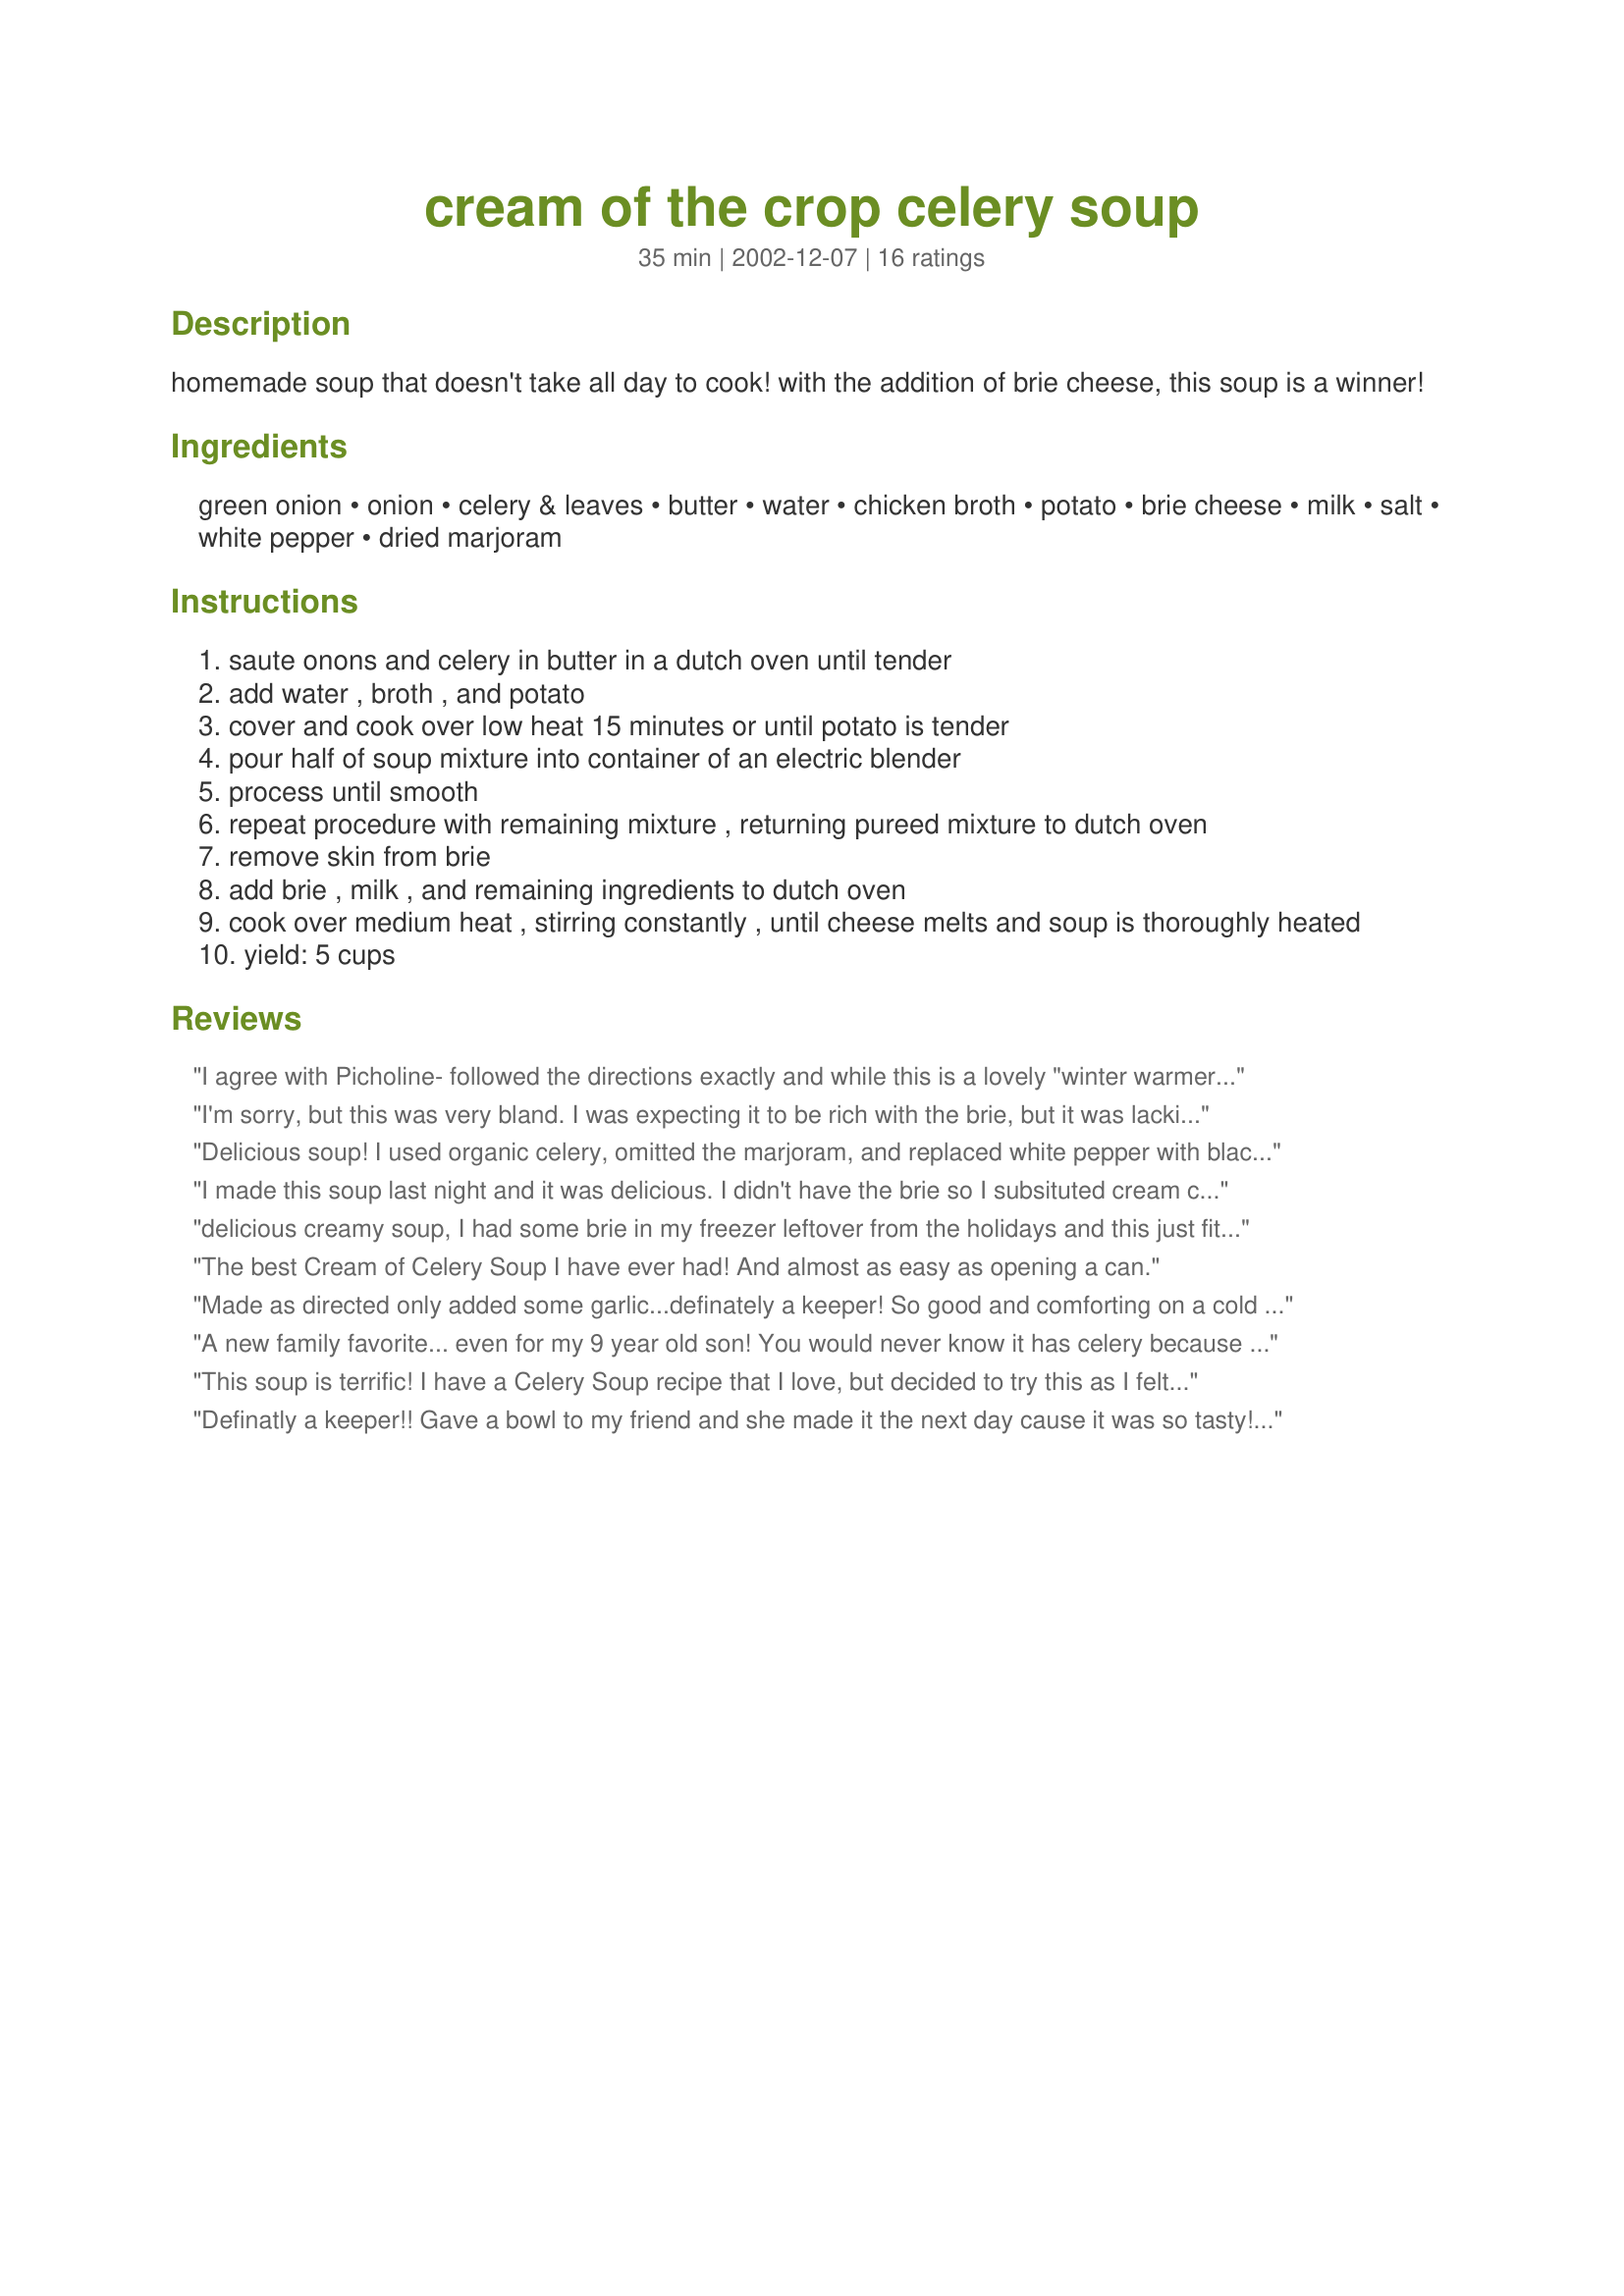
cream of the crop celery soup
Preparation time: 35 minutes

homemade soup that doesn't take all day to cook! with the addition of brie cheese, this soup is a winner!

Ingredients:
green onion, onion, celery & leaves, butter, water, chicken broth, potato, brie cheese, milk, salt, white pepper, dried marjoram

Steps:
saute onons and celery in butter in a dutch oven until tender
add water , broth , and potato
cover and cook over low heat 15 minutes or until potato is tender
pour half of soup mixture into container of an electric blender
process until smooth
repeat procedure with remaining mixture , returning pureed mixture to dutch oven
remove skin from brie
add brie , milk , and remaining ingredients to dutch oven
cook over medium heat , stirring constantly , until cheese melts and soup is thoroughly heated
yield: 5 cups

Reviews:
I agree with Picholine- followed the directions exactly and while this is a lovely "winter warmer" soup, the brie went in and disappeared. Next time I'll try using goat brie, it has more of a kick (no pun intended). ;-)
I'm sorry, but this was very bland. I was expecting it to be rich with the brie, but it was lacking in flavor. I think it's a really good base, but next time I would add garlic and use chicken broth for the entire liquid equivalent instead of water.
Delicious soup! I used organic celery, omitted the marjoram, and replaced white pepper with black pepper (since I didn't have those spices). We enjoyed the smooth, creamy texture and delicate flavor. But the brie didn't quite give the extra savory taste we were hoping for--it kind of disappeared except for an occasional clump. My DH thought sharp cheddar might have been better. As a stand-alone (no cheese) basic recipe for a "cream of mixed vegetable" type soup, this hits the spot.
I made this soup last night and it was delicious. I didn't have the brie so I subsituted cream cheese. I did have cheddar but that wtih celery seemed strange to me. I doubled the recipe and added thyme instead of the marj.. and like another reviewer did add soem garlic. As with the brie the cream cheese didn't melt quite right and was "clumpy" so I just blended it again and it came out nice and smooth. FYI thought be careful when doing so I had an "eruption" :) from my blender and was told by a family member it was because the liquid was too high and too hot? Anyway thanks so much for sharing this wonderful recipe it was a great way to use up some celery I didn't want to go to wate. It had a wonderful taste of celery and was creamy mmm!!!
delicious creamy soup, I had some brie in my freezer leftover from the holidays and this just fit the bill, I also added in 2 good tablespoons fresh minced garlic and 2 teaspoons red chili flakes for some heat, I used all broth, my DH ate the whole thing himself then commented on how great this was, thank you for sharing Sharon!
The best Cream of Celery Soup I have ever had! And almost as easy as opening a can.
Made as directed only added some garlic...definately a keeper! So good and comforting on a cold rainy day. Thank you! Made for TOMT-Soup Fest tag game.
A new family favorite... even for my 9 year old son! You would never know it has celery because it's smooth and the brie cheese and potatoe gives it a smooth warm feeling. The white pepper is perfect, the heat builds as you eat it. Un-expectedly wonderful!!!
This soup is terrific! I have a Celery Soup recipe that I love, but decided to try this as I felt like something with a bit of cheese in it. I only had a sweet potato, so used that and otherwise stuck to the recipe as noted - and it was creamy and wonderful! I did have a hard time getting the brie to melt (might have been because it was a light kind) so I just blended it with my immersion blender.
I think my old favorite has been replaced! :-)
Definatly a keeper!! Gave a bowl to my friend and she made it the next day cause it was so tasty!
I used cheddar instead of brie, and it worked out wonderfully.
Thanks for the recipe Sharon!
Very good recipe. My only substitutions were a Hollandaise Chevre for the Brie (which I grated before adding), and extra regular onion for the green onion. I also cooled it few minutes before adding to the blender and left about one cup not blended for texture.

My hubby loved it. I would like to tweak it a little toward my own taste but I think that was because my chicken broth came out a little too tart since I had no carrots the day I made it :(. Thank you for a solid, yummy recipe!
It's nice to find a gluten-free cream soup! I added some fresh parsley before I pureed it and it added some brightness.
We really enjoyed this soup.I will make it again in the the cold blizzard winter days.
Quick and tasty! I used half milk/half heavy cream, and didn't blend the soup - I like 'em chunky ;) I found it a little peppery for my taste, but hubby still added pepper at the table. I liked it with the brie, but think next time I might try it with cream cheese as others have suggested. Good soup for a cold winter day!
This is a wonderful cream of celery soup! It has the nicest "velvety" texture. For the cheese, I used half brie and half smoked gouda...fabulous! Thanx for posting this; it's a keeper!
This was very good. My neighbor was over and turned up his nose until he tried it. Definetly not out of a can! Thanks for sharing!
